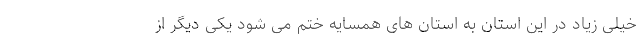
خیلی زیاد در این استان به استان های همسایه ختم می شود یکی دیگر از